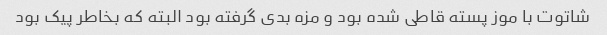
شاتوت با موز پسته قاطی شده بود و مزه بدی گرفته بود البته که بخاطر پیک بود